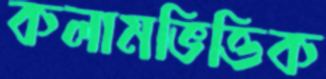
কলামভিত্তিক